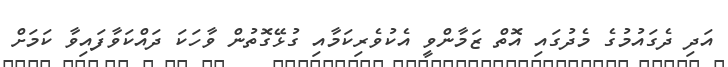
އަދި ދެގައުމުގެ މެދުގައި އޮތް ޒަމާންވީ އެކުވެރިކަމާއި ގުޅޭގޮތުން ވާހަކަ ދައްކަވާފައިވާ ކަމަށް